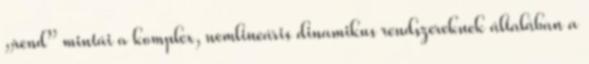
„rend” mintái a komplex, nemlineáris dinamikus rendszereknek általában a